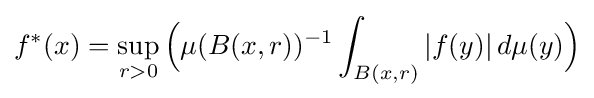
f^{*}(x)=\sup _{r>0}{\Bigl (}\mu (B(x,r))^{-1}\int _{B(x,r)}|f(y)|\,d\mu (y){\Bigr )}